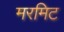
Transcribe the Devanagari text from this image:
मरमिट